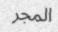
المجر